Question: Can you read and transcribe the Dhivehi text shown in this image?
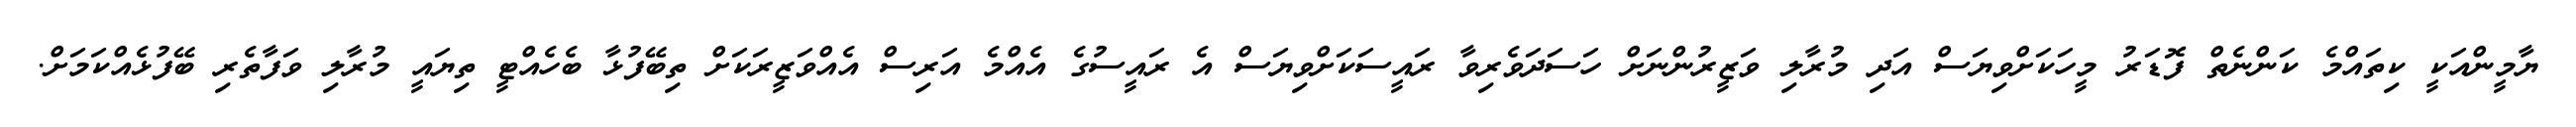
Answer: ޔާމީންއަކީ ކިތައްމެ ކަންނެތް ފޮޑަރު މީހަކަށްވިޔަސް އަދި މުރާލި ވަޒީރުންނަށް ހަސަދަވެރިވާ ރައީސަކަށްވިޔަސް އެ ރައީސުގެ އެއްމެ އަރިސް އެއްވަޒީރަކަށް ތިބޭފުޅާ ބެހެއްޓީ ތިޔައީ މުރާލި ވަފާތެރި ބޭފުޅެއްކަމަށް.